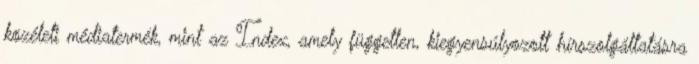
közéleti médiatermék, mint az Index, amely független, kiegyensúlyozott hírszolgáltatásra